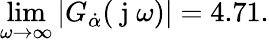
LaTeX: \operatorname*{lim}_{\omega\to\infty}|G_{\dot{\alpha}}(\mathrm{~j~}\omega)|=4.71.